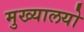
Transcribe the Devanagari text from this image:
मुख्यालयो